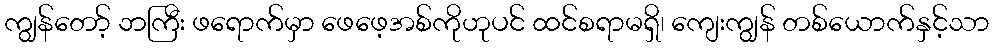
ကျွန်တော့် ဘကြီး ဖရောက်မှာ ဖေဖေ့အစ်ကိုဟုပင် ထင်စရာမရှိ၊ ကျေးကျွန် တစ်ယောက်နှင့်သာ